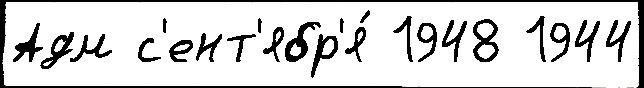
Адм с'ент'ябр'я́ 1948 1944